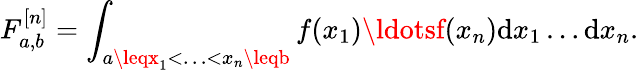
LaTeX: F_{a,b}^{[n]}=\int_{a\leqx_{1}<\ldots<x_{n}\leqb}f(x_{1})\ldotsf(x_{n})\mathrm{d}x_{1}\ldots\mathrm{d}x_{n}.